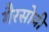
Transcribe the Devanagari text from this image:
गैरसोयी